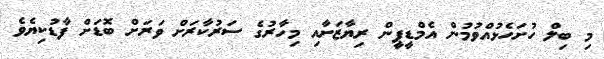
މި ބިލް ހުށަހެޅުއްވުމުން އެމްޑީޕީން ރިޔާޒަށާއި މިހާރުގެ ސަރުކާރަށް ވަރަށް ބޮޑަށް ފާޑުކިޔެވެ